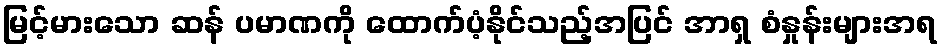
မြင့်မားသော ဆန် ပမာဏကို ထောက်ပံ့နိုင်သည့်အပြင် အာရှ စံနှုန်းများအရ